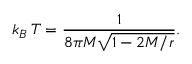
k _ { B } \, T = { \frac { 1 } { 8 \pi M \sqrt { 1 - 2 M / r } } } .